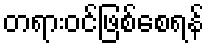
တရားဝင်ဖြစ်စေရန်